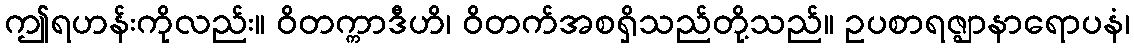
ဤရဟန်းကိုလည်း။ ဝိတက္ကာဒီဟိ၊ ဝိတက်အစရှိသည်တို့သည်။ ဥပစာရဇ္ဈာနာရောပနံ၊